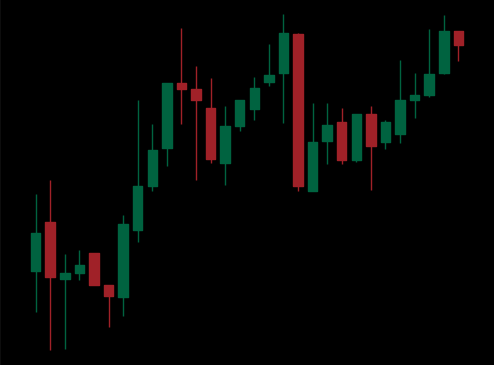
Pattern: unclassified